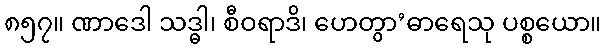
၈၅၇။ ဏာဒေါ သဒ္ဓါ၊ စီဝရာဒိ၊ ဟေတွာ’ဓာရေသု ပစ္စယော။